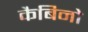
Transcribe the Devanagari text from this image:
कैबिनो